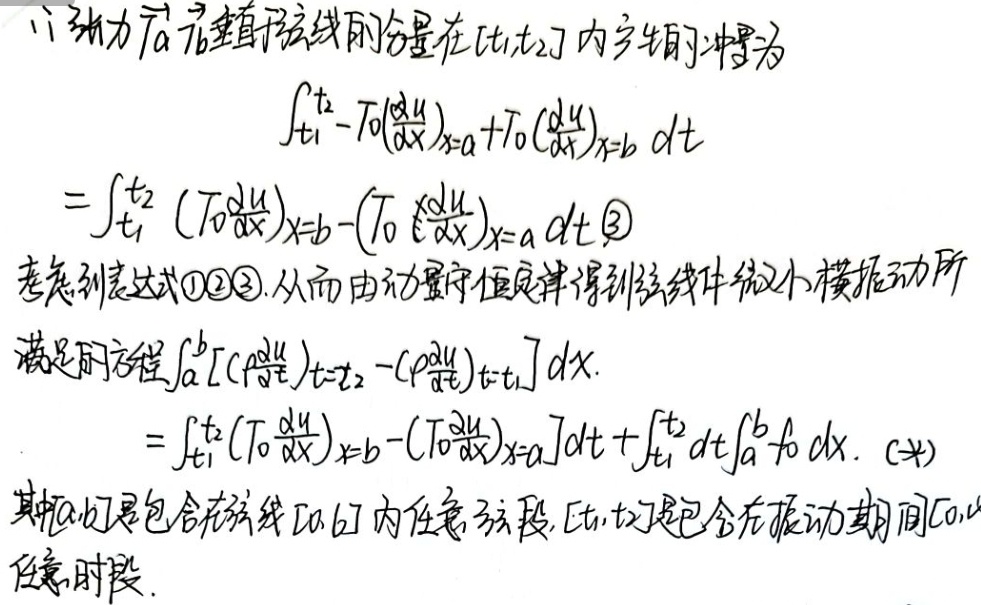
1. 张力 \(T_{0}\) 垂直弦线的分量在 \([t_{1},t_{2}]\) 内产生的冲量为
\[\begin{align*}
&\int_{t_{1}}^{t_{2}}-T_{0}(\frac{\partial u}{\partial x})_{x = a}+T_{0}(\frac{\partial u}{\partial x})_{x = b}dt\\
=&\int_{t_{1}}^{t_{2}}(T_{0}\frac{\partial u}{\partial x})_{x = b}-(T_{0}\frac{\partial u}{\partial x})_{x = a}dt\quad\textcircled{3}
\end{align*}\]
考虑到表达式\textcircled{1}\textcircled{2}\textcircled{3}。从而由动量守恒定律得到弦线作微小横振动所满足的方程
\(\int_{a}^{b}[(\rho\frac{\partial u}{\partial t})_{t = t_{2}}-(\rho\frac{\partial u}{\partial t})_{t = t_{1}}]dx\)
\[\int_{t_{1}}^{t_{2}}[(T_{0}\frac{\partial u}{\partial x})_{x = b}-(T_{0}\frac{\partial u}{\partial x})_{x = a}]dt+\int_{t_{1}}^{t_{2}}dt\int_{a}^{b}f_{0}dx\quad(*)\]
其中 \([a,b]\) 是包含在弦线 \([a,b]\) 内任意弦段，\([t_{1},t_{2}]\) 是包含在振动期间 \([0,t]\) 内任意时段。